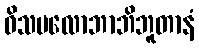
ဝိသမလောဘာဘိဘူတာနံ